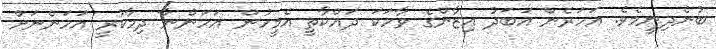
ބުނެދިނީމެވެ. އަހަރެން އަބަދު އިޒާންގެ ވާހަކަ ދައްކާތީ އެމީހުން އަހަންނާ ދިމާކުރީ އަހަންނަށް